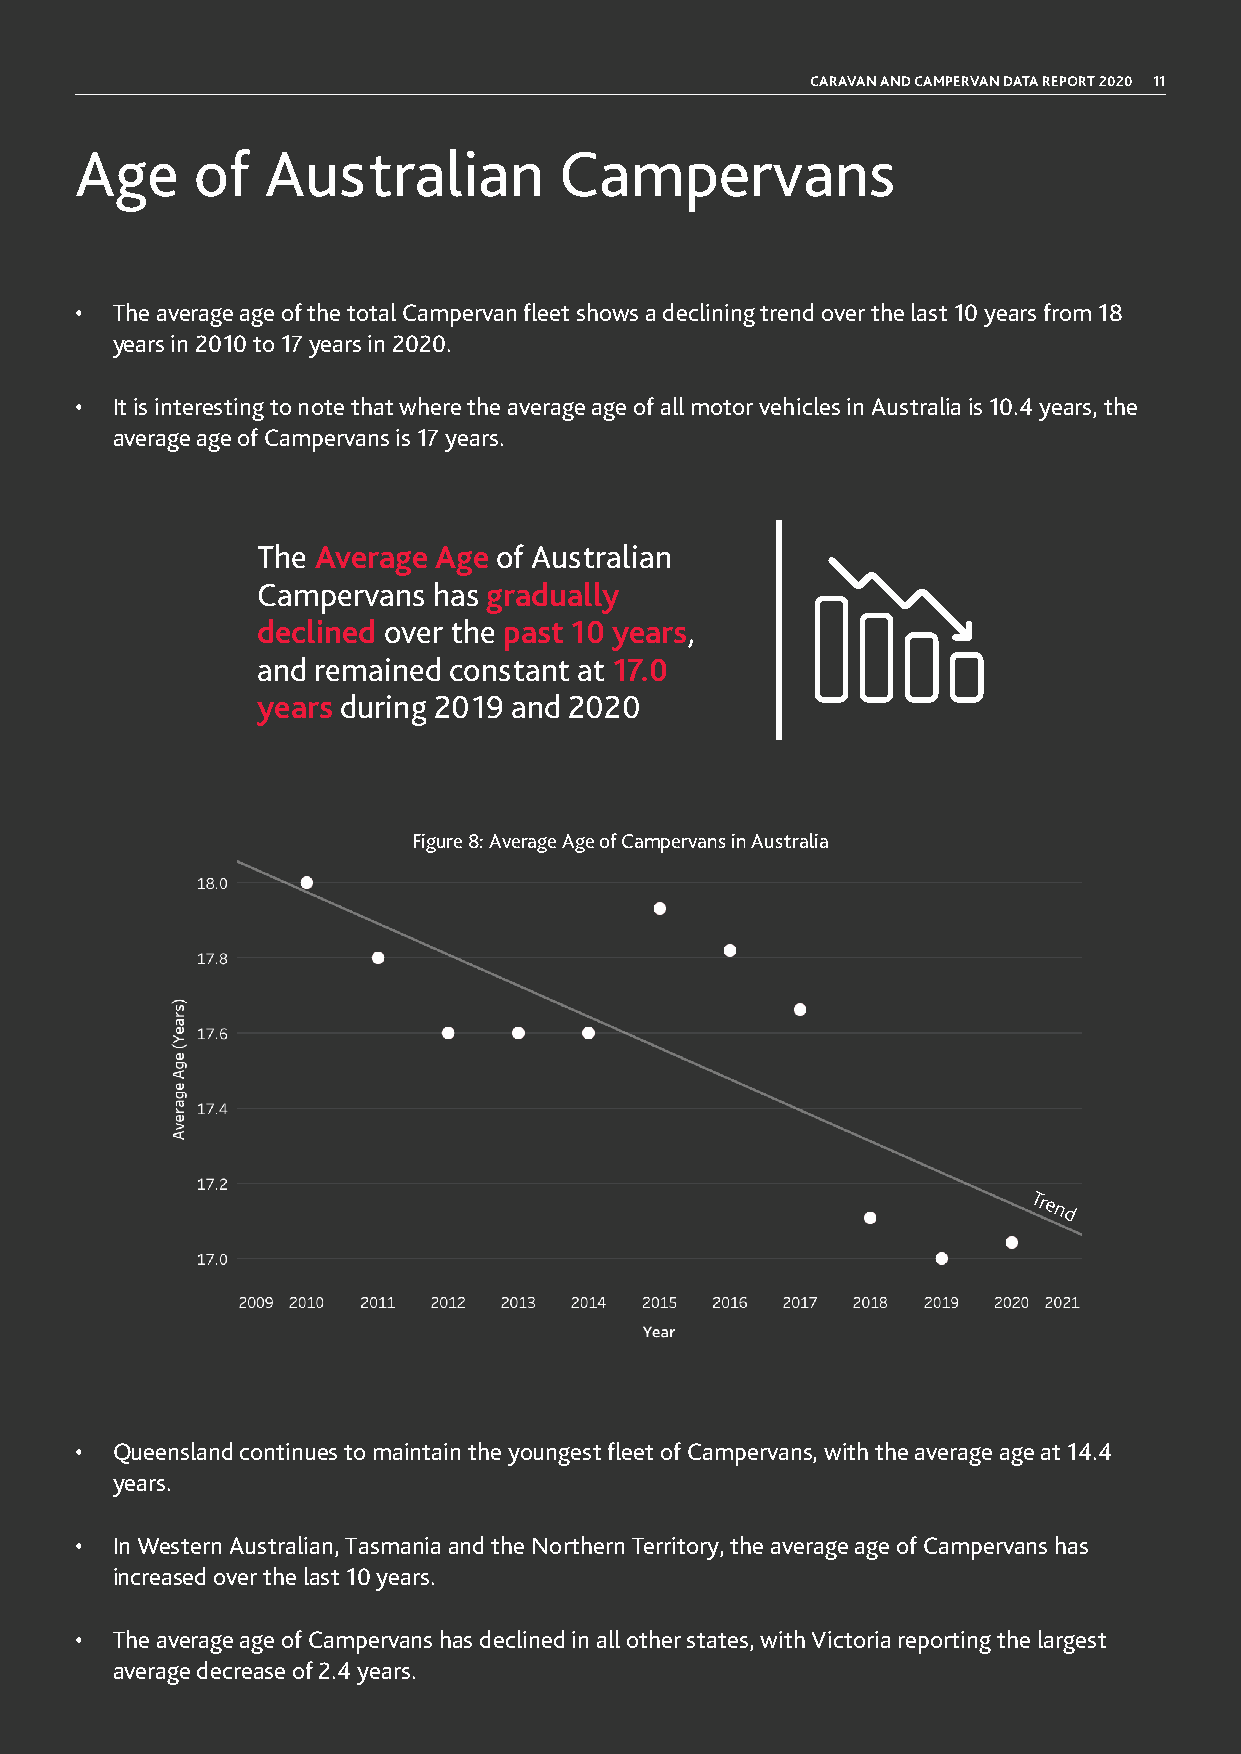
CARAVAN AND CAMPERVAN DATA REPORT 2020 11
 Age     of   Australian         Campervans
 • The average age of the total Campervan fleet shows a declining trend over the last 10 years from 18
 years in 2010 to 17 years in 2020.
 • It is interesting to note that where the average age of all motor vehicles in Australia is 10.4 years, the
 average age of Campervans is 17 years.
 The Average Age of Australian
 Campervans  has gradually
 declined over the past 10 years,
 and remained constant at 17.0
 years during 2019 and 2020
 Figure 8: Average Age of Campervans in Australia
 Trend
 • Queensland continues to maintain the youngest fleet of Campervans, with the average age at 14.4
 years.
 • In Western Australian, Tasmania and the Northern Territory, the average age of Campervans has
 increased over the last 10 years.
 • The average age of Campervans has declined in all other states, with Victoria reporting the largest
 average decrease of 2.4 years.